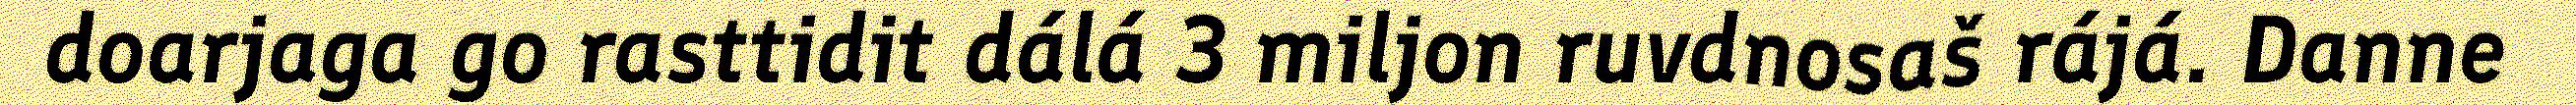
doarjaga go rasttidit dálá 3 miljon ruvdnosaš rájá. Danne